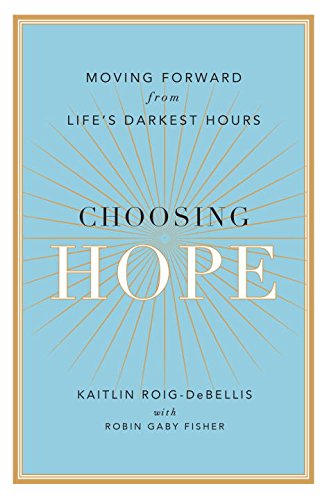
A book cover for Choosing Hope: Moving Forward from Life's Darkest Hours; Kaitlin Roig-DeBellis; Self-Help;